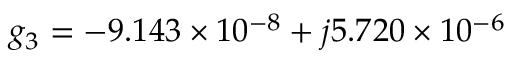
g _ { 3 } = - 9 . 1 4 3 \times 1 0 ^ { - 8 } + j 5 . 7 2 0 \times 1 0 ^ { - 6 }